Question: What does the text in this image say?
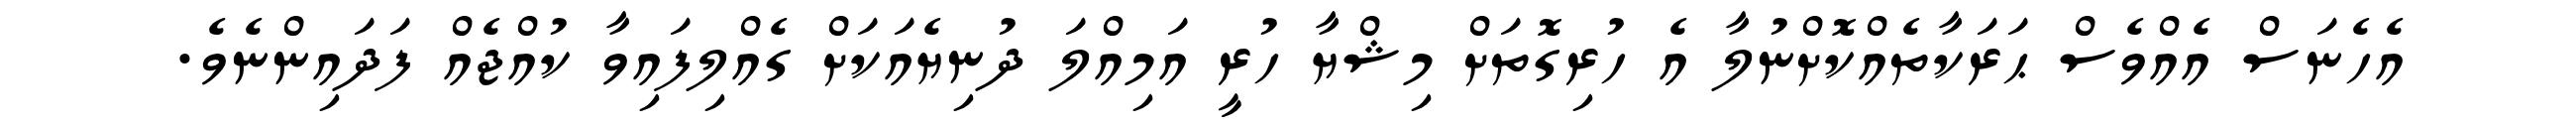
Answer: އެހެނަސް އެއްވެސް ޙަރަކާތެއްކޮށްނުލާ އެ ހުރިގޮތަށް މިޝްޔާ ހުރީ އަމިއްލަ ދުނިޔެއަކަށް ގެއްލިފައިވާ ކުއްޖެއް ފަދައިންނެވެ.